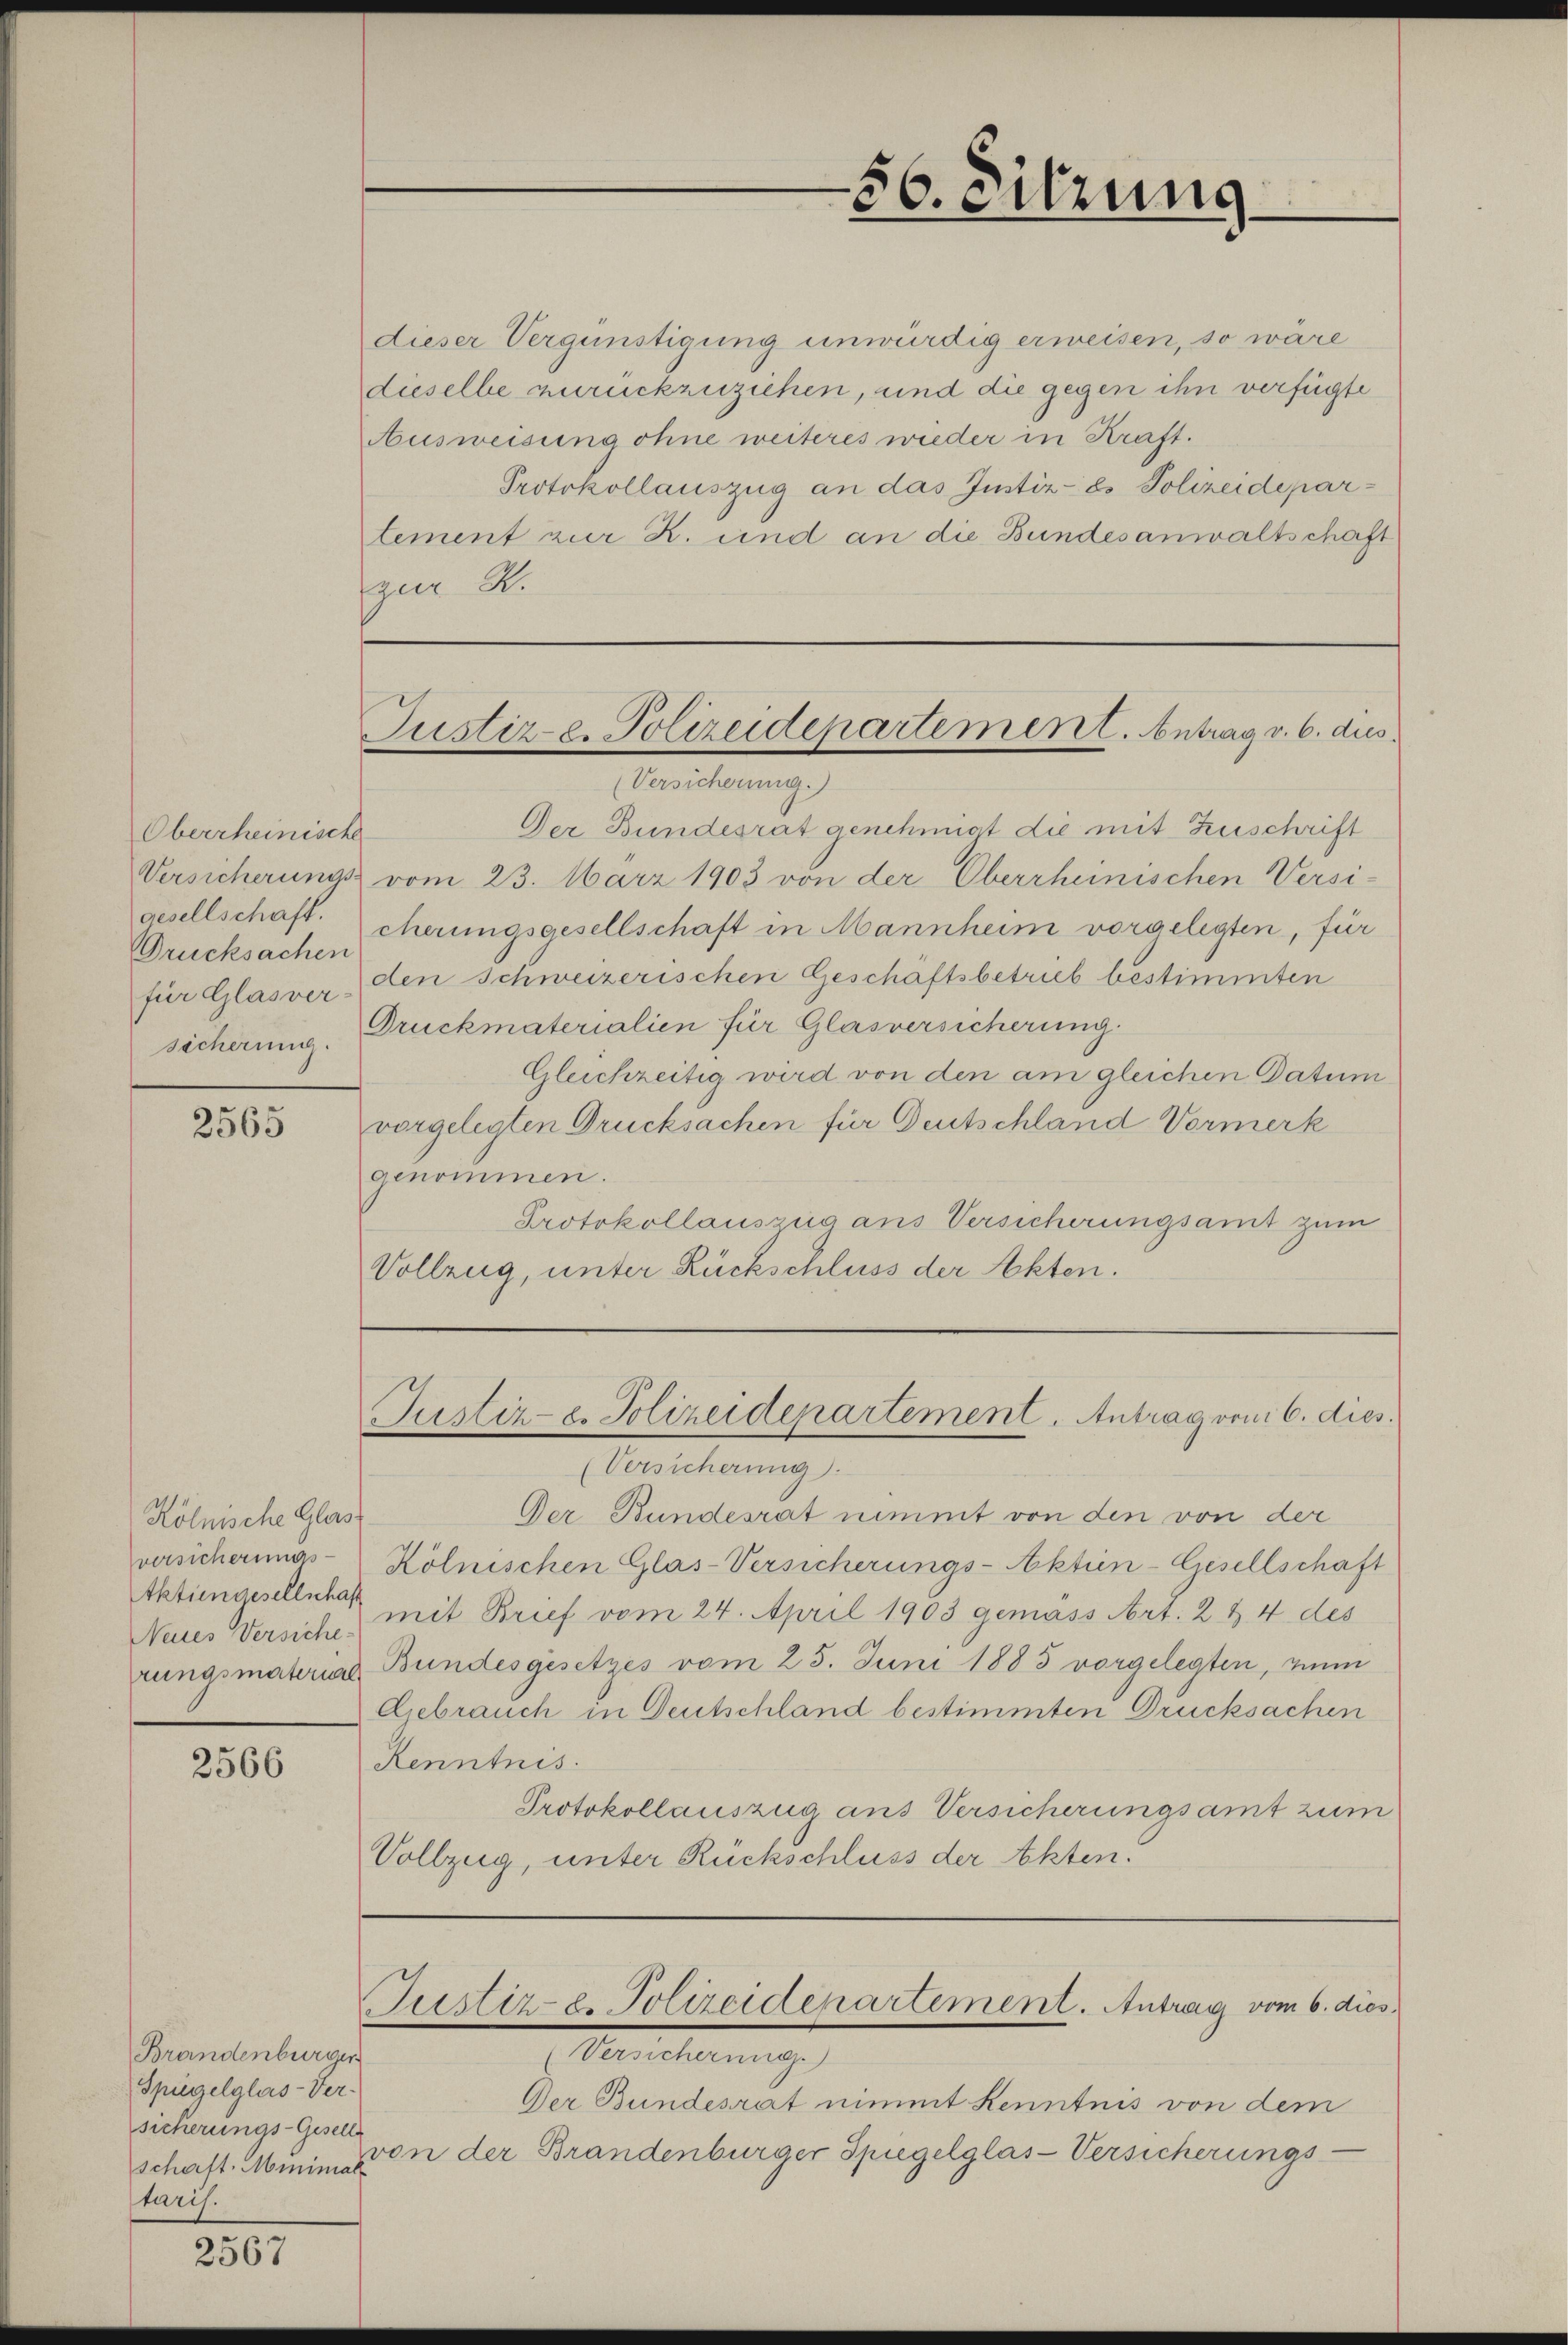
Oberrheinische
Drucksachen
für Glasver
sicherung.

2565

Kölnische Glast
versicherungs-
Aktiengesellschaft
Neies Versiche-
rungsmaterial

2566

Brandenburger
Spiegelglas-Versicherungs-Geselle
schaft. Minimal
taris.

2567

dieser Vergünstigung unwürdig erweisen, so wäre
dieselbe zurückzuziehen, und die gegen ihn verfügte
Ausweisung ohne weiteres wieder in Kraft.
Protokollauszug an das Justiz- & Polizeidepartement zur K. und an die Bundesanwaltschaft
zur S.

Der Bundesrat genehmigt die mit Zuschrift
Versicherungs vom 23. März 1903 von der Oberrheinischen Versi-
gesellschaft cherungsgesellschaft in Mannheim vorgelegten, für
den Schweizerischen Geschäftsbetrieb bestimmten
Druckmaterialien für Glasversicherung.
Gleichzeitig wird von den am gleichen Datum
vorgelegten Drucksachen für Deutschland Vormerk
genommen.
Protokollauszug aus Versicherungsamt zum
Vollzug, unter Rückschluss der Akten.

(Versicherung.
Der Bundesrat nimmt von den von der
Kölnischen Glas-Versicherŭngs-Aktien-Gesellschaft
mit Brief vom 24. April 1903 gemäss Art. 2 & 4 des
Bundesgesetzes vom 25. Juni 1883 vorgelegten, zum
Gebrauch in Deutschland bestimmten Drucksachen
Kenntnis.
Protokollauszug aus Versicherungsamt zum
Vollzug, unter Rückschluss der Akten.

56. Sitzung

Justiz u. Polizeidepartement. Antrag v. 6. dus.
(Versicherung.)

Justiz-C. Polizeidepartement. Antrag von 6. dies

Justiz-C. Polizeidepartement. Antrag vom 6. dies
Aristerung

Der Bundesrat nimmt Kenntnis von dem
on der Brandenburger Spiegelglas-Versicherungs-